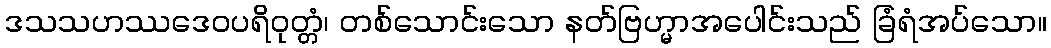
ဒသသဟဿဒေဝပရိဝုတ္တံ၊ တစ်သောင်းသော နတ်ဗြဟ္မာအပေါင်းသည် ခြံရံအပ်သော။